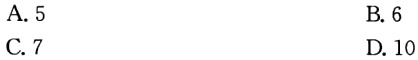
A. 5
B. 6
C. 7
D. 10